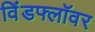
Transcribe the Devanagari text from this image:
विंडफ्लॉवर